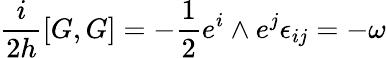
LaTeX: \frac{i}{2h}[G,G]=-\frac{1}{2}e^{i}\wedge e^{j}\epsilon_{ij}=-\omega